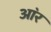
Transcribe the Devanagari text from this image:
आ॓र